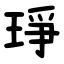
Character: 琤